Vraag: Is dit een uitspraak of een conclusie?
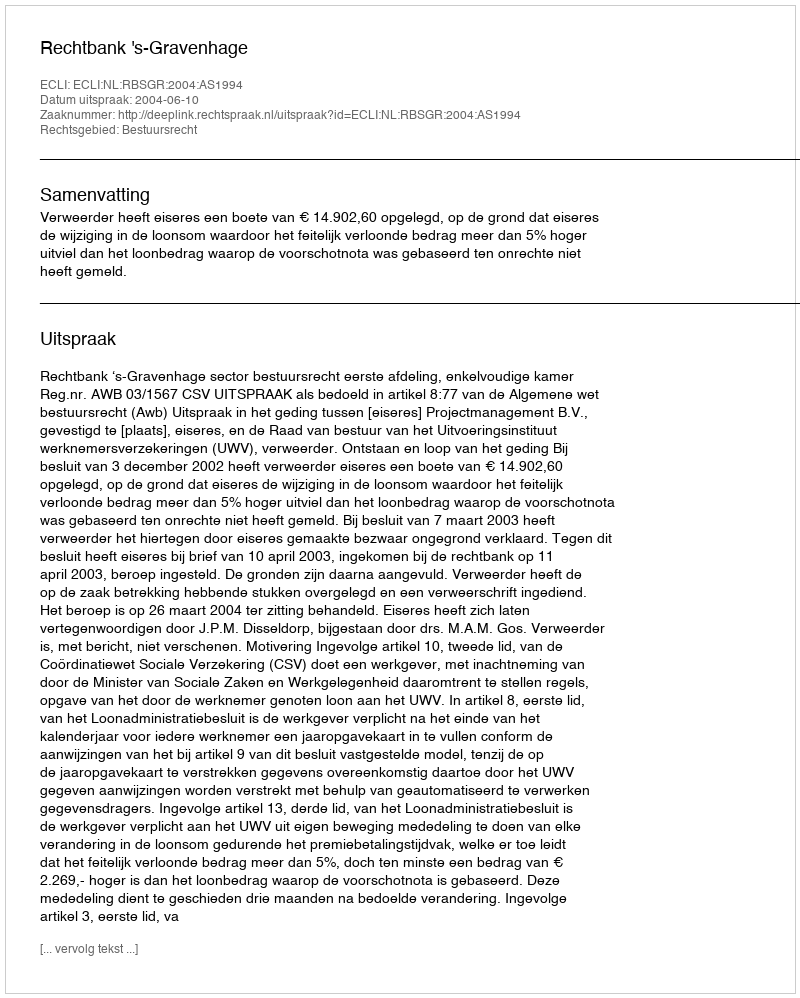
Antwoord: Uitspraak